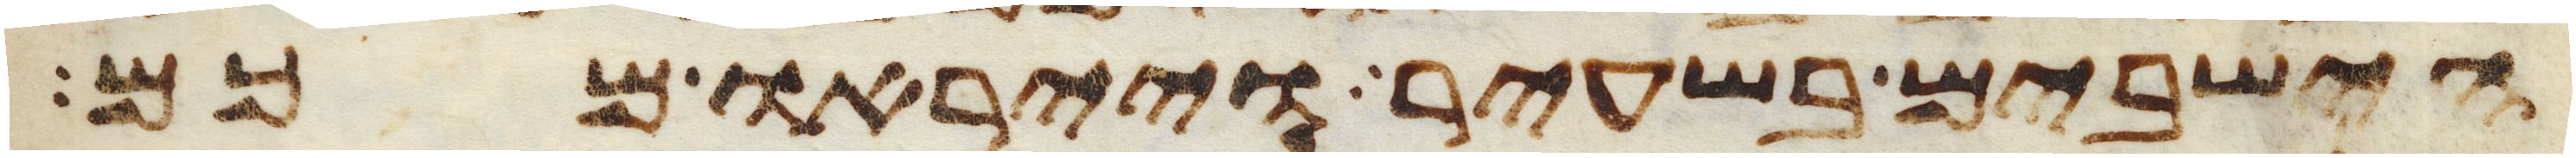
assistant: הישבים בשעיר וייראו מכם